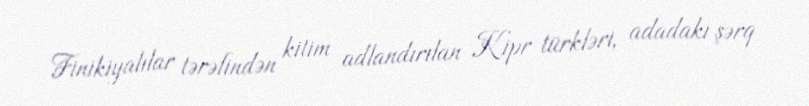
Finikiyalılar tərəfindən kitim adlandırılan Kipr türkləri, adadakı şərq